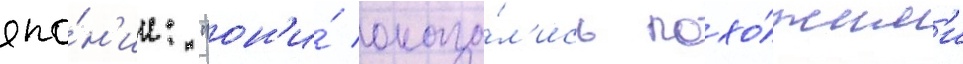
япо́н'ии: "он'и́ оказа́л'ись похо́жим'и